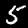
Label: 5